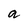
Character: a